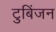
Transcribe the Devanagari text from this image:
टुबिंजन